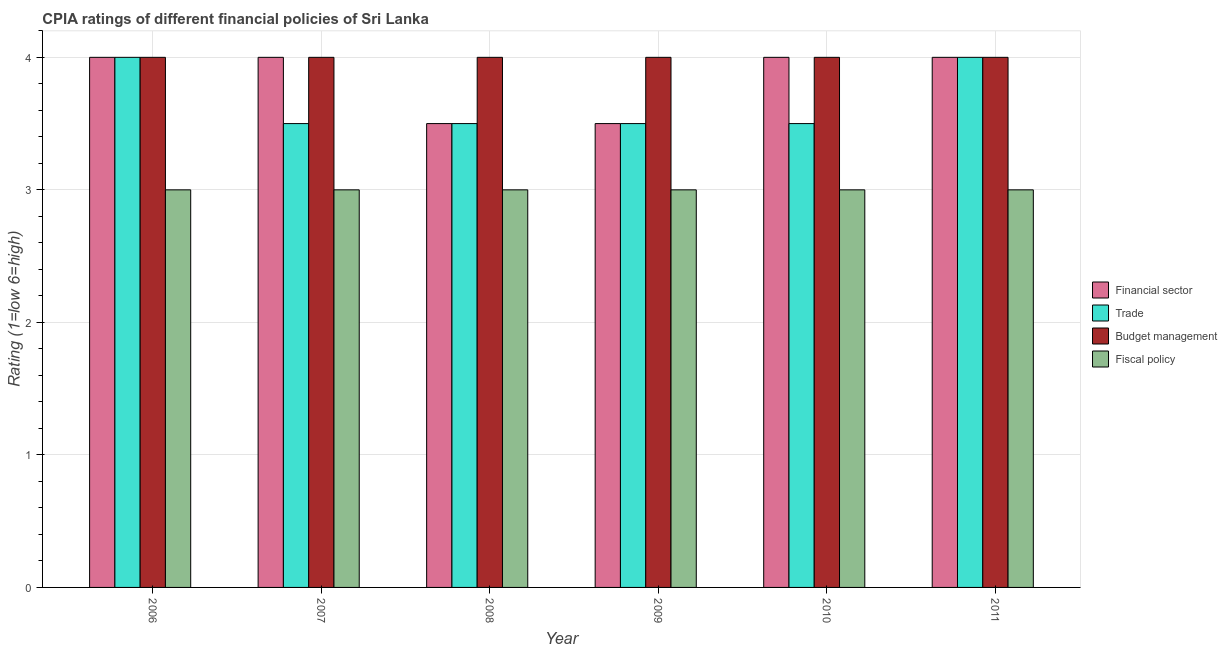
| Year | Financial sector | Trade | Budget management | Fiscal policy |
 | --- | --- | --- | --- | --- |
 | 2006 | 4 | 4 | 4 | 3 |
 | 2007 | 4 | 3.5 | 4 | 3 |
 | 2008 | 3.5 | 3.5 | 4 | 3 |
 | 2009 | 3.5 | 3.5 | 4 | 3 |
 | 2010 | 4 | 3.5 | 4 | 3 |
 | 2011 | 4 | 4 | 4 | 3 |